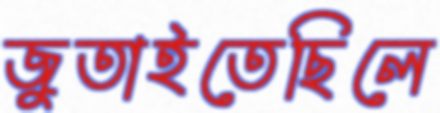
জুতাইতেছিলে